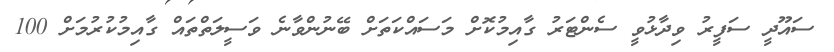
ސައޫދީ ސަފީރު ވިދާޅުވީ ސެންޓަރު ގާއިމުކޮށް މަސައްކަތަށް ބޭނުންވާނެ ވަސީލަތްތައް ގާއިމުކުރުމަށް 100